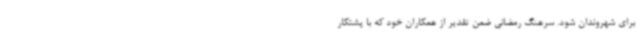
برای شهروندان شود. سرهنگ رمضانی ضمن تقدیر از همکاران خود که با پشتکار